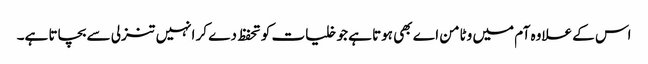
اس کے علاوہ آم میں وٹامن اے بھی ہوتا ہے جو خلیات کو تحفظ دے کر انہیں تنزلی سے بچاتا ہے۔